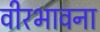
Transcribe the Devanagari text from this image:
वीरभावना